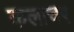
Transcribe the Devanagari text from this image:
कलाचर